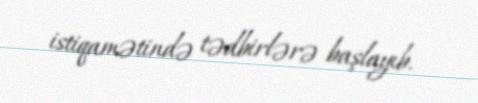
istiqamətində tədbirlərə başlayıb.